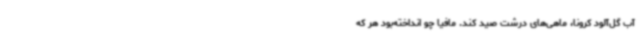
آب گل‌آلود کرونا، ماهی‌های درشت صید کند. مافیا چو انداخته‌بود هر که